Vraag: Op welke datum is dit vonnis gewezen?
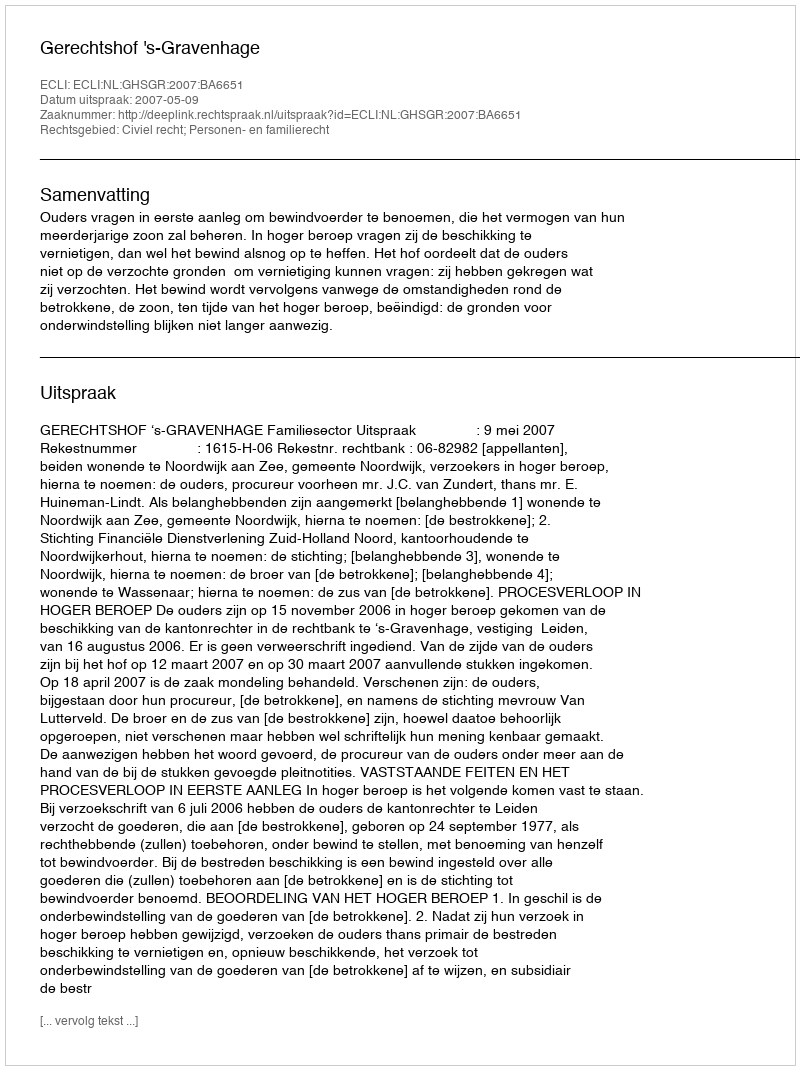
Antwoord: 2007-05-09